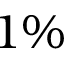
1 \%